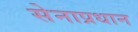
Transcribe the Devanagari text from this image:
सेनाप्रधान